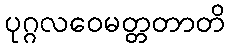
ပုဂ္ဂလဝေမတ္တတာတိ